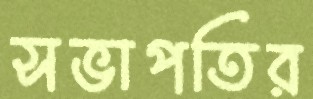
সভাপতির